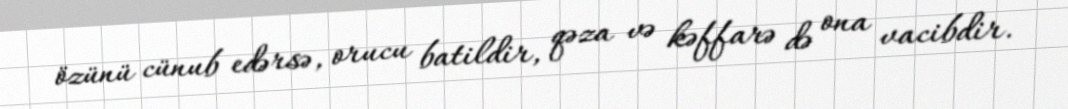
özünü cünub edərsə, orucu batildir, qəza və kəffarə də ona vacibdir.